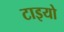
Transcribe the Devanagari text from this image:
टाइयो